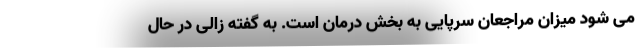
می شود میزان مراجعان سرپایی به بخش درمان است. به گفته زالی در حال